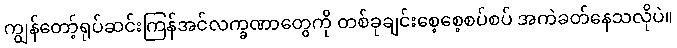
ကျွန်တော့်ရုပ်ဆင်းကြန်အင်လက္ခဏာတွေကို တစ်ခုချင်းစေ့စေ့စပ်စပ် အကဲခတ်နေသလိုပဲ။